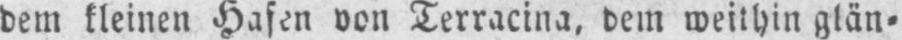
dem kleinen Hafen von Terracina, dem weithin glän⸗